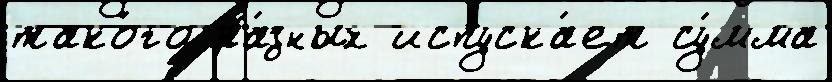
тако́го ра́зных испуска́ет су́мма